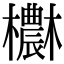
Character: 欁